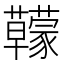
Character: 𧅭